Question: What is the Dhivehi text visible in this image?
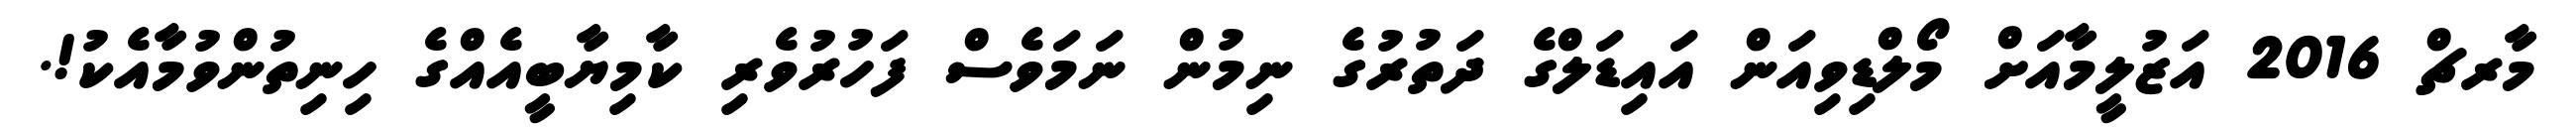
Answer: މާރޗް 2016 އަޒުލީމާއަށް މޯލްޑިވިއަން އައިޑަލްގެ ދަތުރުގެ ނިމުން ނަމަވެސް ފަހުރުވެރި ކާމިޔާބީއެއްގެ ހިނިތުންވުމާއެކު!.